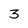
Character: 3